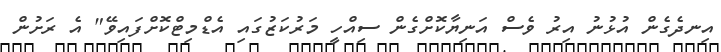
އިނދެގެން އުޅުނު އިރު ވެސް އަނިޔާކޮށްގެން ސިއްހީ މަރުކަޒުގައި އެޑްމިޓްކޮށްފައިވޭ" އެ ރަށުން